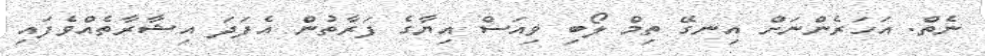
ނެތް. އަހަރެންނަށް އިނގޭ ތިމް ލޯބި ވިއަސް އިޔާގެ ފަރާތުން އެފަދަ އިޝާރާތެއްވެފައި